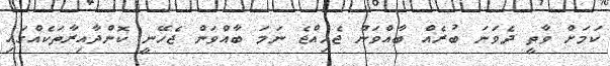
ކަމަށް ވާތީ ދެވަނަ ބުރެއް ބާއްވަން ޖެހިއްޖެ ނަމަ ބާއްވަން ޖެހޭނީ ކޮންދާއިރާތަކެއްގައި